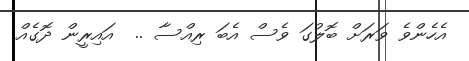
އެހެންވެ ވަރަށް ބޮލުގަ ވެސް އެބަ ރިއްސާ ..  އައިރީން ދޮގެއް